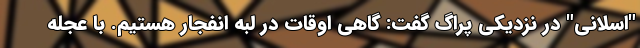
"اسلانی" در نزدیکی پراگ گفت: گاهی اوقات در لبه انفجار هستیم. با عجله